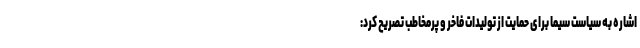
اشاره به سیاست سیما برای حمایت از تولیدات فاخر و پرمخاطب تصریح کرد: